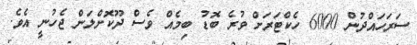
ސަރަހައްދުން 6000 ހެކްޓަރަށް ވުރެ ބޮޑު ބިމެއް ވެސް ދޫކޮށްލަން ޖެހުނީ އެވެ.